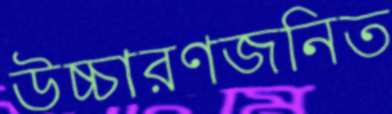
উচ্চারণজনিত